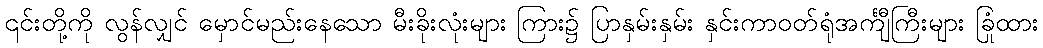
၎င်းတို့ကို လွန်လျှင် မှောင်မည်းနေသော မီးခိုးလုံးများ ကြား၌ ပြာနှမ်းနှမ်း နှင်းကာဝတ်ရုံအင်္ကျီကြီးများ ခြုံထား